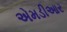
એમડીઆર